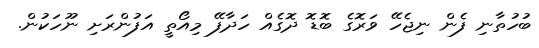
ބުހުތާނި ފެން ނިޖެހޭ ވަރޮގެ ބޮޑޮ ދޮގެއް ހަދާފޭ މިއޯތީ އަފުންރަށި ނޫހަކުން.